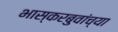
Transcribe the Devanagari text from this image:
भास्करबुवांच्या